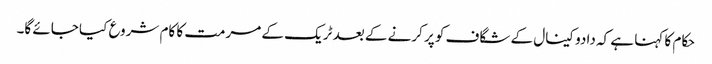
حکام کا کہنا ہے کہ دادو کینال کے شگاف کو پر کرنے کے بعد ٹریک کے مرمت کا کام شروع کیا جائے گا۔